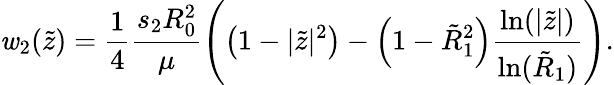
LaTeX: \mathit{w}_{2}(\tilde{{z}})=\frac{{1}}{{4}}\frac{{s_{2}R_{0}^{2}}}{{\mu}}\left(\left(1-|\tilde{{z}}|^{2}\right)-\left(1-\tilde{{R}}_{1}^{2}\right)\frac{{\ln(|\tilde{{z}}|)}}{{\ln(\tilde{{R}}_{1})}}\right).